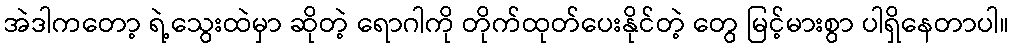
အဲဒါကတော့ ရဲ့သွေးထဲမှာ ဆိုတဲ့ ရောဂါကို တိုက်ထုတ်ပေးနိုင်တဲ့ တွေ မြင့်မားစွာ ပါရှိနေတာပါ။